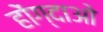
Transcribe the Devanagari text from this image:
होंग्दाओ